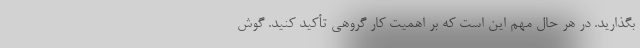
بگذارید. در هر حال مهم این است که بر اهمیت کار گروهی تأکید کنید. گوش